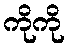
ကိုကို